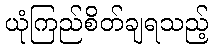
ယုံကြည်စိတ်ချရသည့်